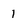
Character: 1